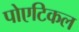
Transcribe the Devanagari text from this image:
पोएटिकल